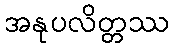
အနုပလိတ္တဿ